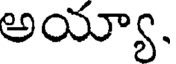
అయ్యా.